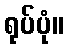
ရုပ်ပုံ။